Report of the King Institute of Preventive Medicine, Guindy
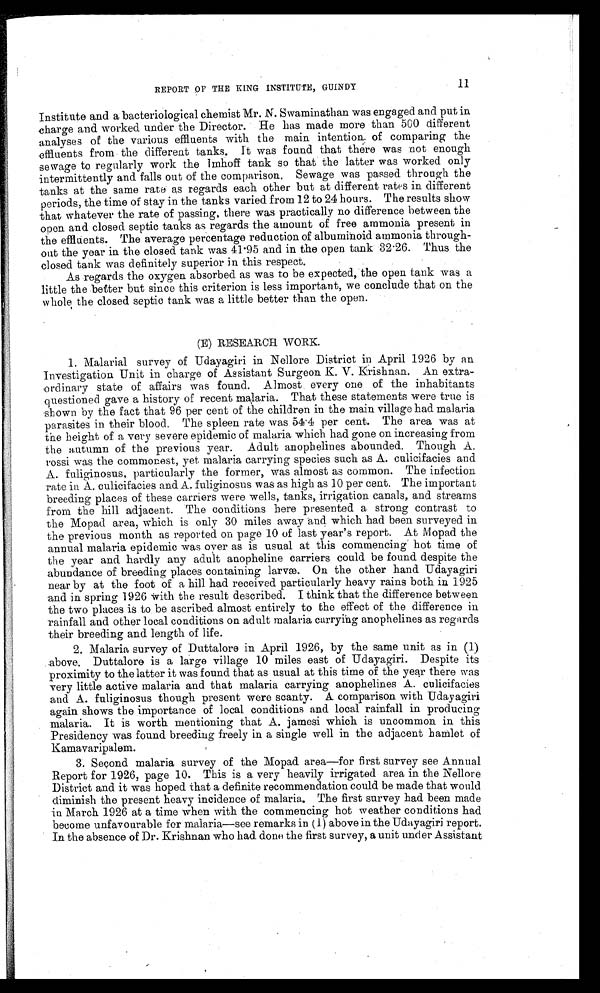
REPORT OF THE KING INSTITUTE, GUINDY
Institute and a bacteriological chemist Mr. N. Swaminathan was engaged and put in
charge and worked under the Director. He has made more than 500 different
analyses of the various effluents with the main intention of comparing the
effluents from the different tanks. It was found that there was not enough
sewage to regularly work the Imhoff tank so that the latter was worked only
intermittently and falls out of the comparison. Sewage was passed through the
tanks at the same rate as regards each other but at different rates in different
periods, the time of stay in the tanks varied from 12 to 24 hours. The results show
that whatever the rate of passing, there was practically no difference between the
open and closed septic tanks as regards the amount of free ammonia present in
the effluents. The average percentage reduction of albuminoid ammonia through-
out the year in the closed tank was 41.95 and in the open tank 32.26. Thus the
closed tank was definitely superior in this respect.
As regards the oxygen absorbed as was to be expected, the open tank was a
little the better but since this criterion is less important, we conclude that on the
whole the closed septic tank was a little better than the open.
(E) RESEARCH WORK.
1. Malarial survey of Udayagiri in Nellore District in April 1926 by an
Investigation Unit in charge of Assistant Surgeon K. V. Krishnan. An extra-
ordinary state of affairs was found. Almost every one of the inhabitants
questioned gave a history of recent malaria. That these statements were true is
shown by the fact that 96 per cent of the children in the main village had malaria
parasites in their blood. The spleen rate was 54.4 per cent. The area was at
the height of a very severe epidemic of malaria which had gone on increasing from
the autumn of the previous year. Adult anophelines abounded. Though A.
rossi was the commonest, yet malaria carrying species such as A. culicifacies and
A. f u l i g i n n o s u s , p a r t i c u l a r l y t h e f o r me r , wa s a l mo s t a s c o mmo n . T h e i n f e c t i o n
rate in A. culicifacies and A. fuliginosus was as high as 10 per cent. The important
breeding places of these carriers were wells, tanks, irrigation canals, and streams
from the hill adjacent. The conditions here presented a strong contrast to
the Mopad area, which is only 30 miles away and which had been surveyed in
the previous month as reported on page 10 of last year’s report. At Mopad the
annual malaria epidemic was over as is usual at this commencing hot time of
the year and hardly any adult anopheline carriers could be found despite the
abundance of breeding places containing larvæ. On the other hand Udayagiri
near by at the foot of a hill had received particularly heavy rains both in 1925
and in spring 1926 with the result described. I think that the difference between
the two places is to be ascribed almost entirely to the effect of the difference in
rainfall and other local conditions on adult malaria carrying anophelines as regards
their breeding and length of life.
2. Malaria survey of Duttalore in April 1926, by the same unit as in (1)
above. Duttalore is a large village 10 miles east of Udayagiri. Despite its
proximity to the latter it was found that as usual at this time of the year there was
very little active malaria and that malaria carrying anophelines A. culicifacies
and A. fuliginosus though present were scanty. A comparison with Udayagiri
again shows the importance of local conditions and local rainfall in producing
malaria. It is worth mentioning that A. jamesi which is uncommon in this
Presidency was found breeding freely in a single well in the adjacent hamlet of
Kamavaripalem.
3. Second malaria survey of the Mopad area—for first survey see Annual
Report for 1926, page 10. This is a very heavily irrigated area in the Nellore
District and it was hoped that a definite recommendation could be made that would
diminish the present heavy incidence of malaria. The first survey had been made
in March 1926 at a time when with the commencing hot weather conditions had
become unfavourable for malaria—see remarks in (1) above in the Udayagiri report.
In the absence of Dr. Krishnan who had done the first survey, a unit under Assistant